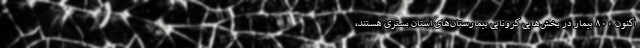
اکنون ۸۰۰ بیمار در بخش‌هایی کرونایی بیمارستان‌های استان بستری هستند،